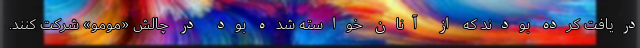
دریافت کرده بودند که از آنان خواسته شده بود در چالش «مومو» شرکت کنند.